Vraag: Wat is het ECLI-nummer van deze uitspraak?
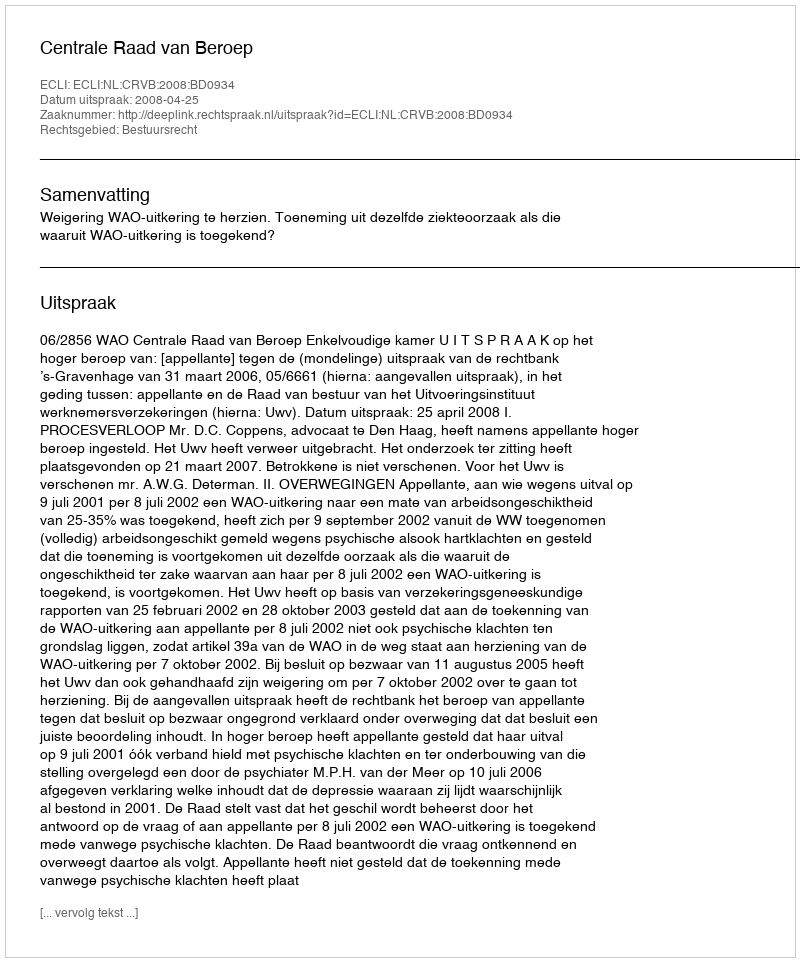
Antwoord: ECLI:NL:CRVB:2008:BD0934